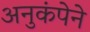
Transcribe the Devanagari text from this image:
अनुकंपेने